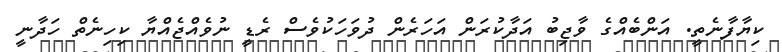
ކިޔާފާނެތީ. އަންބެއްގެ ވާޖިބު އަދާކުރަން އަހަރެން ދުވަހަކުވެސް ރެޑީ ނުވެއްޖެއްޔާ ކިހިނެތް ހަދާނީ